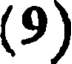
(9)